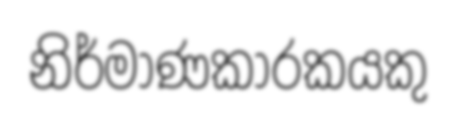
නිර්මාණකාරකයකු